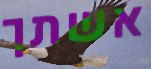
אשתך